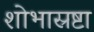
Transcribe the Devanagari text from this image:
शोभास्रष्टा